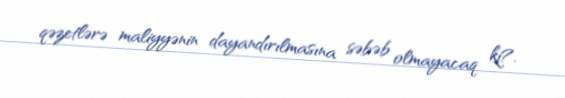
qəzetlərə maliyyənin dayandırılmasına səbəb olmayacaq ki?.